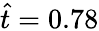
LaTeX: \hat{t}=0.78